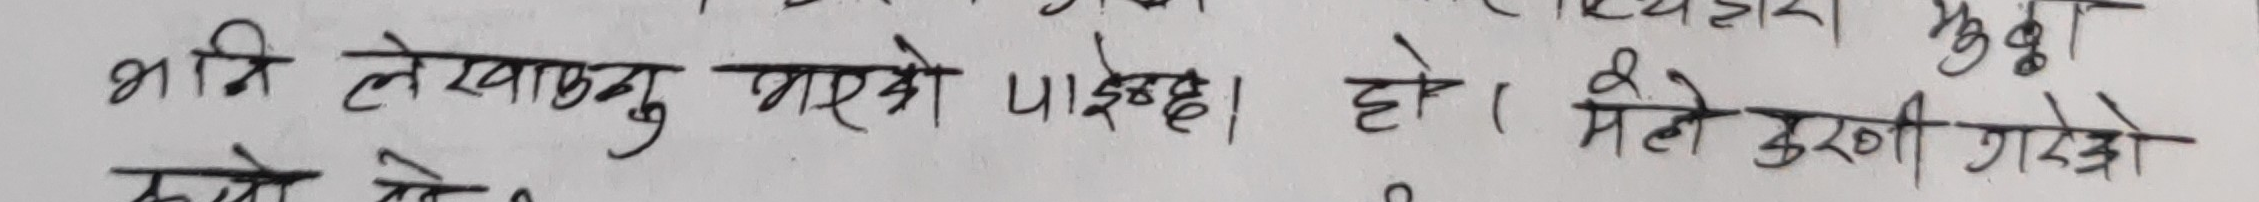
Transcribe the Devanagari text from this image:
भनि लेखाउनु भएको पाईऐछ। हो। मैले गरेको
कामे